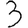
Digit: 3